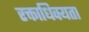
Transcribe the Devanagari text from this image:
रक्ताधिक्यता